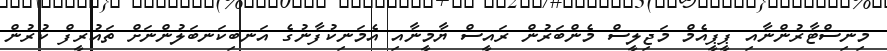
މިނިސްޓާރުންނާއި ޕީޕީއެމް މަޖިލީސް މެންބަރުން ރައީސް ޔާމީނާއި އެމަނިކުފާނުގެ އަނބިކަނބަލުންނަށް ތައުރީފް ކުރުން